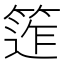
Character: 𥯧